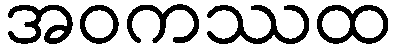
အဝကဿထ